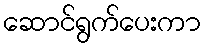
ဆောင်ရွက်ပေးကာ